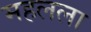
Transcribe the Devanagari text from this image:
महलला